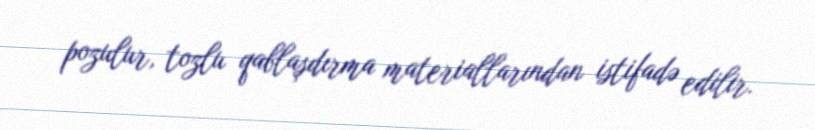
pozulur, tozlu qablaşdırma materiallarından istifadə edilir.